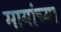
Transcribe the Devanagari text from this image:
मायांच्या